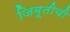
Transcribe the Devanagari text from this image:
जिबूतीची